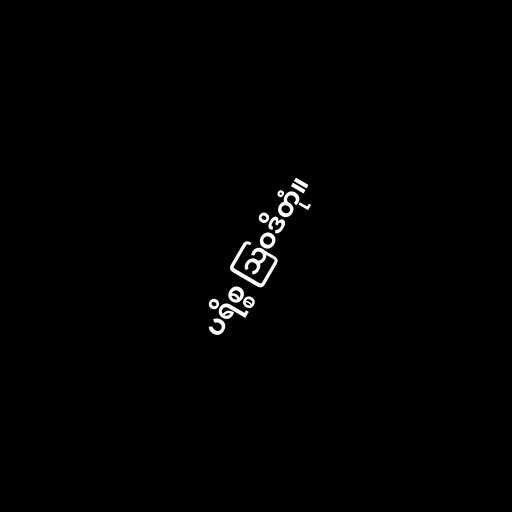
ပရိစ္စ ဩဝဒိတုံ။